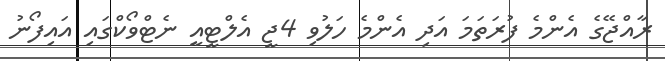
ރާއްޖޭގެ އެންމެ ފުރަތަމަ އަދި އެންމެ ހަލުވި 4ޖީ އެލްޓީއީ ނެޓްވޯކްގައި އައިފޯނު